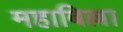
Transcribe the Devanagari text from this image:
महाबिल्ला